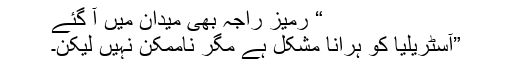
“ رمیز راجہ بھی میدان میں آ گئے
”آسٹریلیا کو ہرانا مشکل ہے مگر ناممکن نہیں لیکن۔